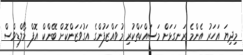
މިދިޔަ އަހަރު އެންމެ ރަނގަޅަށް މަސައްކަތްކުރި މުވައްޒަފުންގެ އަގުވަޒަންކޮށް ބޭންކް އޮފް މޯލްޑިވްސް